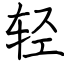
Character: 轻